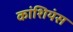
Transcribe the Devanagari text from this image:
कांशियंस